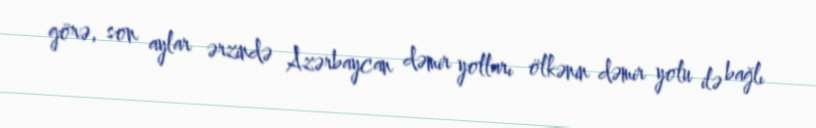
görə, son aylar ərzində Azərbaycan dəmir yolları ölkənin dəmir yolu ilə bağlı